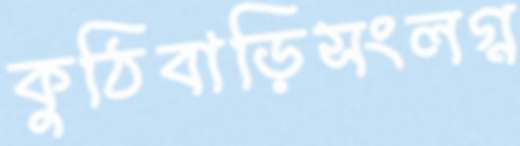
কুঠিবাড়িসংলগ্ন